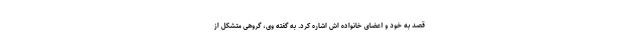
قصد به خود و اعضای خانواده اش اشاره کرد. به گفته وی، گروهی متشکل از